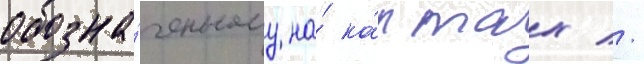
обозна́ченному на́ ка́ртах //